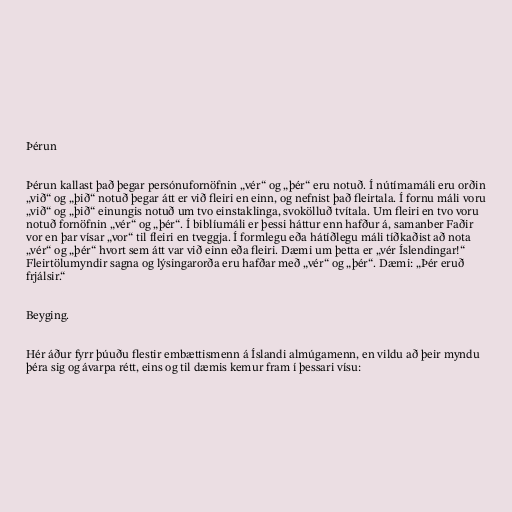
Þérun

Þérun kallast það þegar persónufornöfnin „vér“ og „þér“ eru notuð. Í nútímamáli eru orðin
„við“ og „þið“ notuð þegar átt er við fleiri en einn, og nefnist það fleirtala. Í fornu máli voru
„við“ og „þið“ einungis notuð um tvo einstaklinga, svokölluð tvítala. Um fleiri en tvo voru
notuð fornöfnin „vér“ og „þér“. Í biblíumáli er þessi háttur enn hafður á, samanber Faðir
vor en þar vísar „vor“ til fleiri en tveggja. Í formlegu eða hátíðlegu máli tíðkaðist að nota
„vér“ og „þér“ hvort sem átt var við einn eða fleiri. Dæmi um þetta er „vér Íslendingar!“
Fleirtölumyndir sagna og lýsingarorða eru hafðar með „vér“ og „þér“. Dæmi: „Þér eruð
frjálsir.“

Beyging.

Hér áður fyrr þúuðu flestir embættismenn á Íslandi almúgamenn, en vildu að þeir myndu
þéra sig og ávarpa rétt, eins og til dæmis kemur fram í þessari vísu: